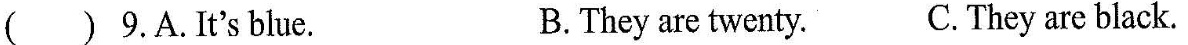
( ) 9.A.It's blue. B. They are twenty. C. They are black.